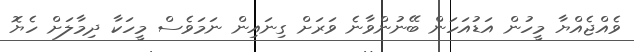
ވެއްޖެއްޔާ މީހުން އަޑުއަހަން ބޭނުންވާނެ ވަރަށް ގިނައިން ނަމަވެސް މީހަކާ ދިމާލަށް ހެޔޮ